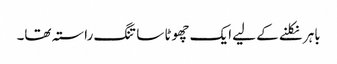
باہر نکلنے کے لیے ایک چھوٹا سا تنگ راستہ تھا۔